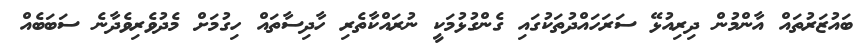
ބައުޒަރުތައް އާންމުން ދިރިއުޅޭ ސަރަހައްދުތަކުގައި ގެންގުޅުމަކީ ނުރައްކާތެރި ހާދިސާތައް ހިގުމަށް މެދުވެރިވެދާނެ ސަބަބެއް